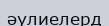
әулиелерд